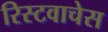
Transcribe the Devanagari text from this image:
रिस्टवाचेस